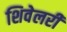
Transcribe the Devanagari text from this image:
शिवेलरी